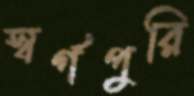
স্বর্গপুরি